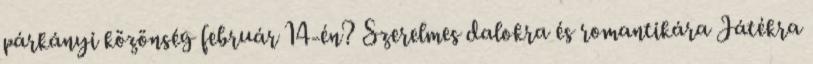
párkányi közönség február 14-én? Szerelmes dalokra és romantikára Játékra